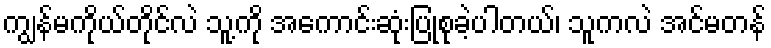
ကျွန်မကိုယ်တိုင်လဲ သူ့ကို အကောင်းဆုံးပြုစုခဲ့ပါတယ်၊ သူကလဲ အင်မတန်